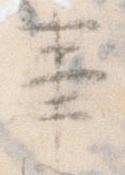
事